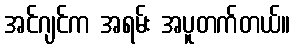
အင်ဂျင်က အရမ်း အပူတက်တယ်။